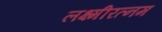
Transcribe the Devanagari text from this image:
लक्ष्मीरत्नम